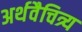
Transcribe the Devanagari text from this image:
अर्थवैचित्र्य